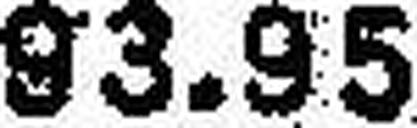
93.95